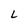
Character: L